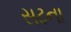
સઢના